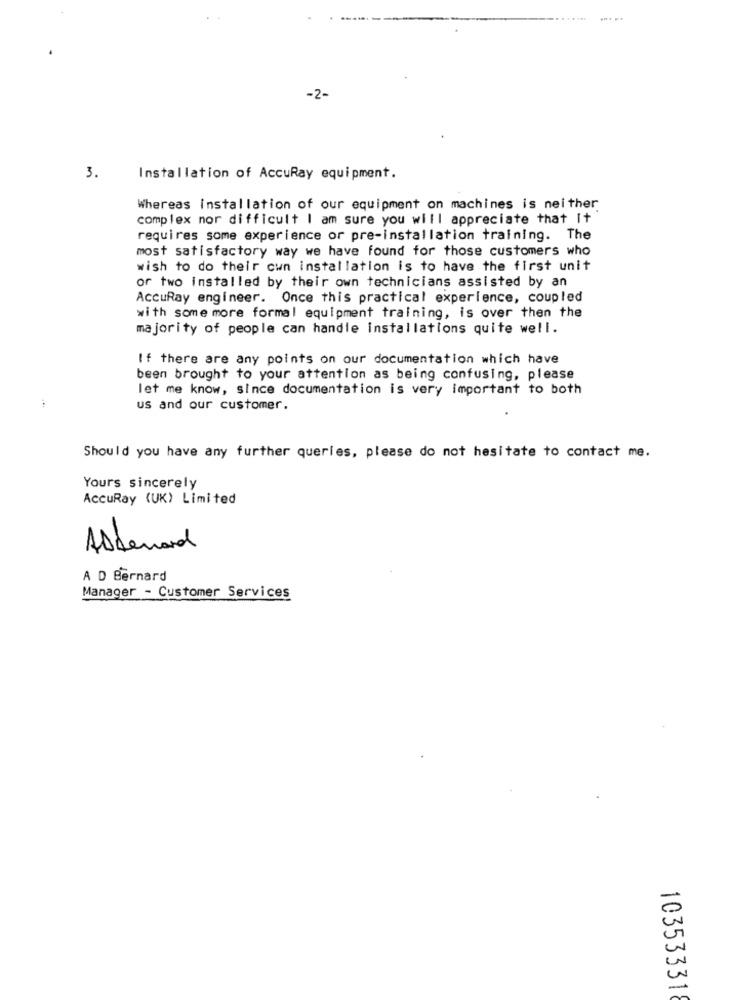
-2-
3.
Installation of AccuRay equipment.
Whereas installation of our equipment on machines is neither
complex nor difficult I am sure you will appreciate that It
requires some experience or pre-installation training. The
most satisfactory way we have found for those customers who
wish to do their own installation is to have the first unit
or two installed by their own technicians assisted by an
AccuRay engineer. Once this practical experience, coupled
with some more formal equipment training, is over then the
majority of people can handle installations quite well.
If there are any points on our documentation which have
been brought to your attention as being confusing, please
let me know, since documentation is very important to both
us and our customer.
Should you have any further queries, please do not hesitate to contact me.
Yours sincerely
AccuRay (UK) Limited
Abbernard
A D Bernard
Manager - Customer Services
10353331